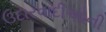
ઉદારવાદીઓની